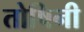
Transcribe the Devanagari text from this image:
तोषिनी